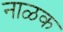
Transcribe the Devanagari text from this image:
नाळक